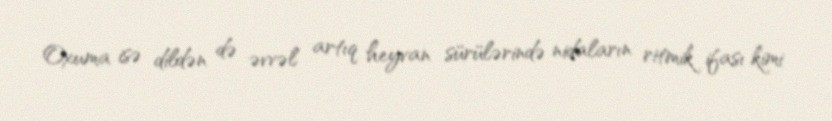
Oxuma isə dildən də əvvəl artıq heyvan sürülərində nidaların ritmik ifası kimi